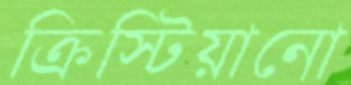
ক্রিস্টিয়ানো